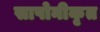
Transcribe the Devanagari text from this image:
सापोनीकृत